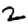
Digit: 2